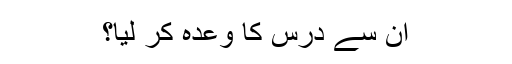
ان سے درس کا وعدہ کر لیا؟